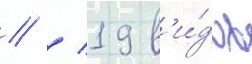
// / 19 в'и́дов